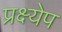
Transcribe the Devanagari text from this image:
प्रक्ष्येप